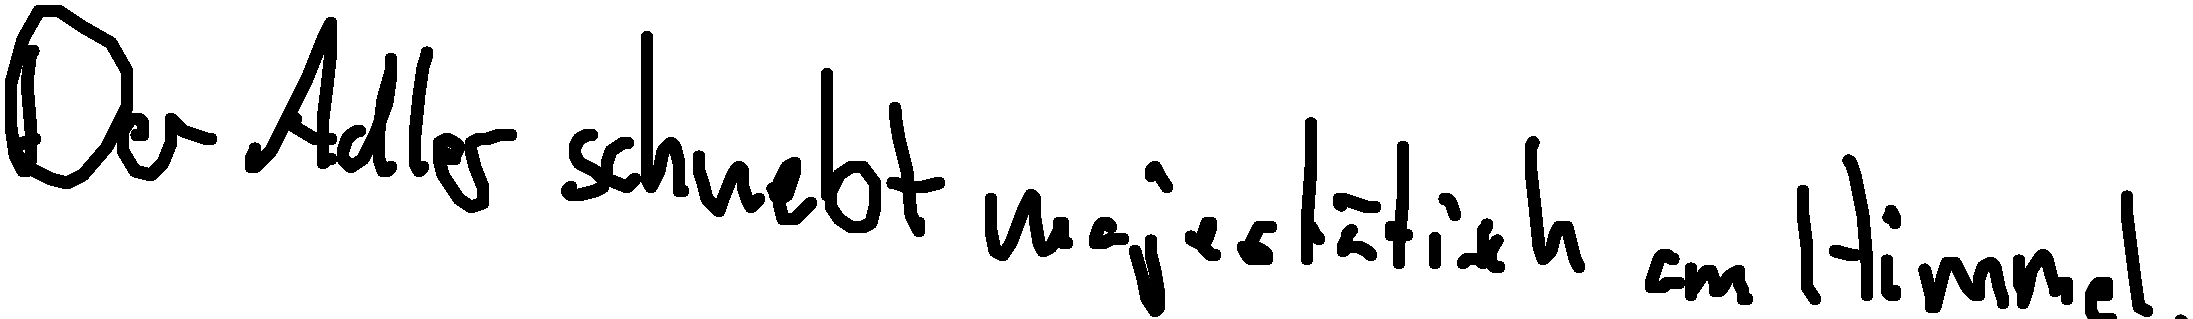
Der Adler schwebt majestätisch am Himmel.